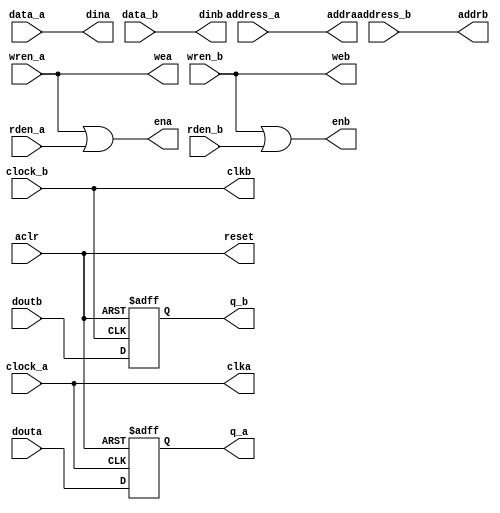
//`timescale 1ns / 1ps
//////////////////////////////////////////////////////////////////////////////////
// Company: 
// Engineer: 
// 
// Design Name: Wang Sha
// Module Name: ASYNCRAM
// Project Name: 
// Target Devices: 
// Tool Versions: 
// Description: 
// 
// Dependencies: 
// 
// Revision:
// Revision 0.01 - File Created
// Additional Comments:
// 
//////////////////////////////////////////////////////////////////////////////////


module ASYNCRAM
#(parameter
	DataWidth				= 32,				//This is data width
	DataDepth				= 2,				//for ASYNC,DataDepth must be 2^n (n>=1). for SYNC,DataDepth is a positive number(>=1)
	RAMAddWidth				= 2					//The RAM address width
)
(
	input   wire	          			aclr,			//Reset the all write signal	
	input	wire	[RAMAddWidth-1:0]	address_a,		//RAM A port address
	input	wire	[RAMAddWidth-1:0]	address_b,		//RAM B port assress
	input   wire	          			clock_a,		//Port A clock
	input   wire	          			clock_b,		//Port B clock	
	//input	wire			data_a,			//The Inport of data 
	//input	wire			data_b,			//The Inport of data
	input	wire	[DataWidth-1:0]		data_a,			//The Inport of data 
	input	wire	[DataWidth-1:0]		data_b,			//The Inport of data  
	input   wire	          			rden_a,			//active-high, read signal
	input   wire	          			rden_b,			//active-high, read signal
	input	wire						wren_a,			//active-high, write signal
	input	wire						wren_b,			//active-high, write signal
	//output	reg				q_a,			//The Output of data
	//output	reg		       	q_b,			//The Output of data
	output	reg		[DataWidth-1:0]		q_a,			//The Output of data
	output	reg		[DataWidth-1:0]		q_b,			//The Output of data
	// ASIC RAM
	output	wire						reset,			//Reset the RAM, active higt
	output	wire						clka,			//Port A clock
	output	wire						ena,			//Port A enable
	output	wire						wea,			//Port A write
	output	wire	[RAMAddWidth-1:0]	addra,			//Port A address
	//output	wire			dina,			//Port A input data
	//input	wire			douta,			//Port A output data
	output	wire	[DataWidth-1:0]		dina,			//Port A input data
	input	wire	[DataWidth-1:0]		douta,			//Port A output data
	output	wire						clkb,			//Port B clock
	output	wire						enb,			//Port B enable
	output	wire						web,			//Port B write
	output	wire	[RAMAddWidth-1:0]	addrb,			//Port B address
	//output	wire			dinb,			//Port B input data
	//input	wire			doutb			//Port B output data
	output	wire	[DataWidth-1:0]		dinb,			//Port B input data
	input	wire	[DataWidth-1:0]		doutb			//Port B output data
   );

	//---------------------------------
	//Wire Connection
	//---------------------------------
	assign	reset					=	aclr;			//Reset the all write signal	
	assign	clka					=	clock_a;		//Port A clock
	assign	clkb					=	clock_b;		//Port B clock	
	assign	addra					=	address_a;		//RAM A port address
	assign	addrb					=	address_b;		//RAM B port address
	assign	dina					=	data_a;			//RAM A input data	
	assign	dinb					=	data_b;			//RAM B input data
	
	//---------------------------------
	//RAM Control
	//---------------------------------	
	assign	ena						=	wren_a|rden_a;	//Port A enable
	assign	wea						=	wren_a;			//Port A write
	assign	enb						=	wren_b|rden_b;	//Port B enable
	assign	web						=	wren_b;			//Port B write	
	
	//---------------------------------
	//Data output
	//---------------------------------
	always@(posedge clock_a or posedge aclr)
		if (aclr)begin
			q_a						<= {DataWidth{1'b0}};
			//q_a						<= 1'b0;
		end
		else begin
			q_a						<= douta;
		end
	always@(posedge clock_b or posedge aclr)
		if (aclr)begin
			q_b						<= {DataWidth{1'b0}};
		end
		else begin
			q_b						<= doutb;
		end	

endmodule